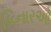
કિનારઓ